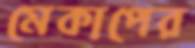
মেকাপের